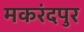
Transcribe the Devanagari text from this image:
मकरंदपुर